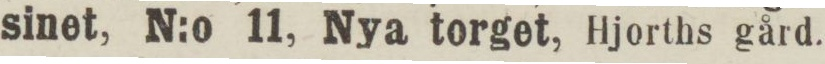
sinet, N:o 11, Nya torget, Hjorths gård.